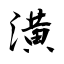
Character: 潢